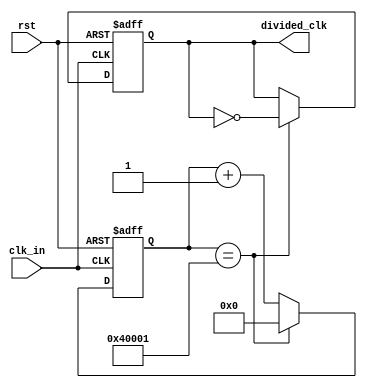
`timescale 1ns / 1ps
//////////////////////////////////////////////////////////////////////////////////
// Company: 
// Engineer: 
// 
// Create Date:    
// Design Name: 
// Module Name:    clk_divider 
// Project Name: 
// Target Devices: 
// Tool versions: 
// Description: 
//
// Dependencies: Generates a clock with period 50 ms, from 25 MHz input clock, T=0.00004 ms
//						A counter counts till 625.000 = 010011000100101101000
// Revision: 
// Revision 0.01 - File Created
// Additional Comments: 
//
//////////////////////////////////////////////////////////////////////////////////
module clk_divider(
	input clk_in,
	input rst,
	output reg divided_clk
    );
	 
	 

parameter toggle_value = 19'b1000000000000000001;
reg[18:0] cnt;

always@(posedge clk_in or posedge rst)
begin
	if (rst==1) begin
		cnt <= 0;
		divided_clk <= 0;
	end
	else begin
		if (cnt==toggle_value) begin
			cnt <= 0;
			divided_clk <= ~divided_clk;
		end
		else begin
			cnt <= cnt +1;
			divided_clk <= divided_clk;		
		end
	end

end
			  
	


endmodule